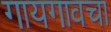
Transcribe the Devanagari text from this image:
गायगावचा